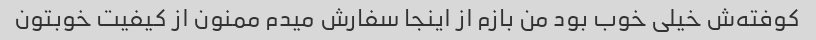
کوفته‌ش خیلی خوب بود من بازم از اینجا سفارش میدم ممنون از کیفیت خوبتون